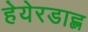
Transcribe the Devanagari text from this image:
हेयेरडाह्ल